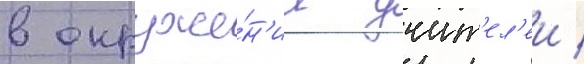
в окруже́н'ии учит'ел'еи /